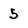
Character: 5